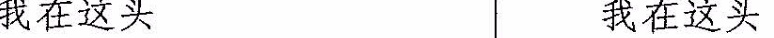
我在这头 我在这头